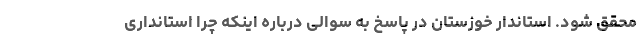
محقق شود. استاندار خوزستان در پاسخ به سوالی درباره اینکه چرا استانداری